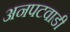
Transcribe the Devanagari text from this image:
अनपटवाडी